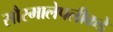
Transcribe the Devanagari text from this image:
सौरमालेपलीकडे